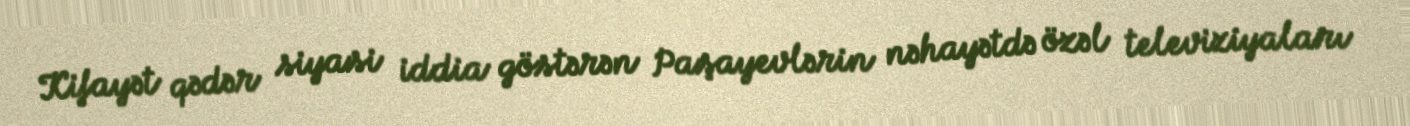
Kifayət qədər siyasi iddia göstərən Paşayevlərin nəhayətdə özəl televiziyaları